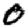
Digit: 0